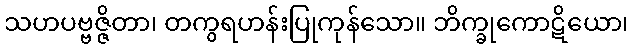
သဟပဗ္ဗဇ္ဇိတာ၊ တကွရဟန်းပြုကုန်သော။ ဘိက္ခုကောဋိယော၊